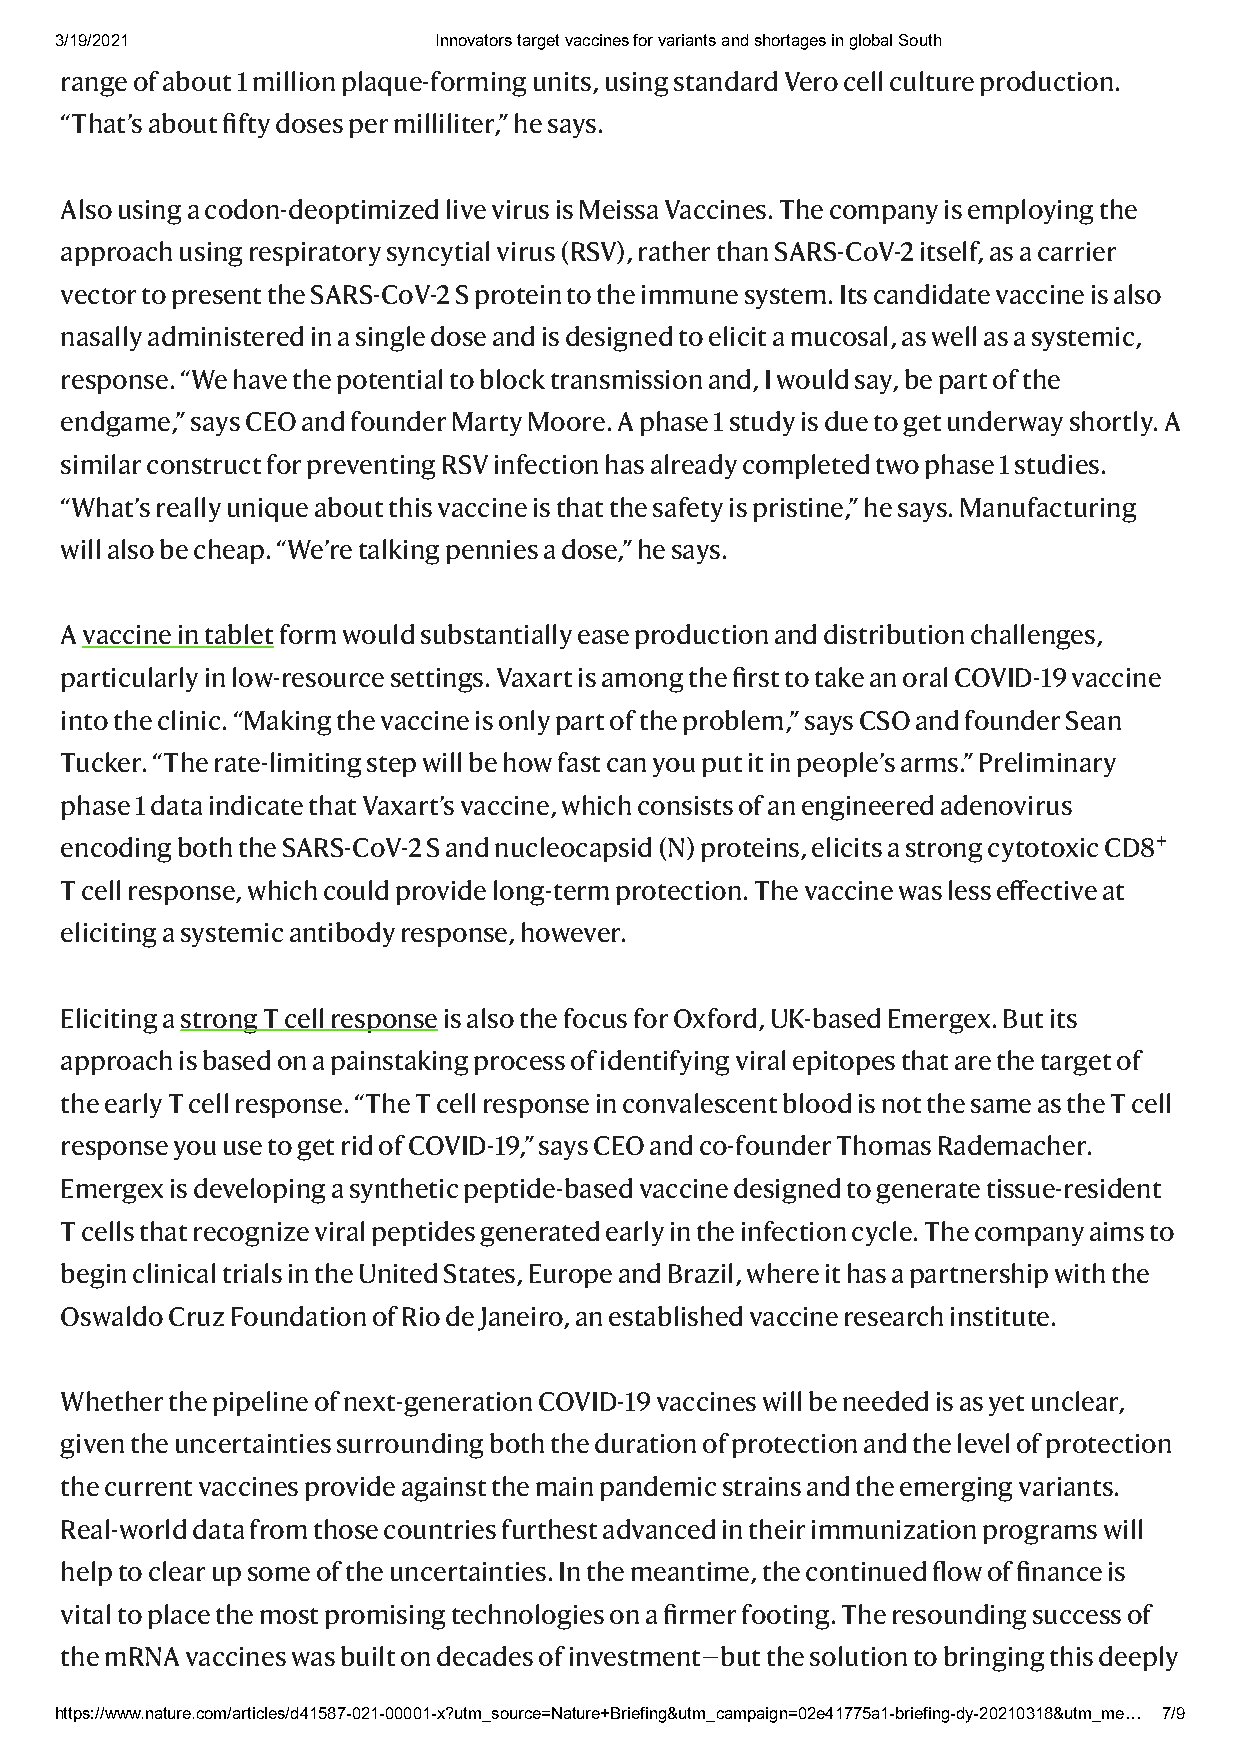
3/19/2021                Innovators target vaccines for variants and shortages in global South
 range of about 1 million plaque-forming units, using standard Vero cell culture production.
 “That’s about fifty doses per milliliter,” he says.
 Also using a codon-deoptimized live virus is Meissa Vaccines. The company is employing the
 approach using respiratory syncytial virus (RSV), rather than SARS-CoV-2 itself, as a carrier
 vector to present the SARS-CoV-2 S protein to the immune system. Its candidate vaccine is also
 nasally administered in a single dose and is designed to elicit a mucosal, as well as a systemic,
 response. “We have the potential to block transmission and, I would say, be part of the
 endgame,” says CEO and founder Marty Moore. A phase 1 study is due to get underway shortly. A
 similar construct for preventing RSV infection has already completed two phase 1 studies.
 “What’s really unique about this vaccine is that the safety is pristine,” he says. Manufacturing
 will also be cheap. “We’re talking pennies a dose,” he says.
 A vaccine in tablet form would substantially ease production and distribution challenges,
 particularly in low-resource settings. Vaxart is among the first to take an oral COVID-19 vaccine
 into the clinic. “Making the vaccine is only part of the problem,” says CSO and founder Sean
 Tucker. “The rate-limiting step will be how fast can you put it in people’s arms.” Preliminary
 phase 1 data indicate that Vaxart’s vaccine, which consists of an engineered adenovirus
 encoding both the SARS-CoV-2 S and nucleocapsid (N) proteins, elicits a strong cytotoxic CD8+
 T cell response, which could provide long-term protection. The vaccine was less effective at
 eliciting a systemic antibody response, however.
 Eliciting a strong T cell response is also the focus for Oxford, UK-based Emergex. But its
 approach is based on a painstaking process of identifying viral epitopes that are the target of
 the early T cell response. “The T cell response in convalescent blood is not the same as the T cell
 response you use to get rid of COVID-19,” says CEO and co-founder Thomas Rademacher.
 Emergex is developing a synthetic peptide-based vaccine designed to generate tissue-resident
 T cells that recognize viral peptides generated early in the infection cycle. The company aims to
 begin clinical trials in the United States, Europe and Brazil, where it has a partnership with the
 Oswaldo Cruz Foundation of Rio de Janeiro, an established vaccine research institute.
 Whether the pipeline of next-generation COVID-19 vaccines will be needed is as yet unclear,
 given the uncertainties surrounding both the duration of protection and the level of protection
 the current vaccines provide against the main pandemic strains and the emerging variants.
 Real-world data from those countries furthest advanced in their immunization programs will
 help to clear up some of the uncertainties. In the meantime, the continued flow of finance is
 vital to place the most promising technologies on a firmer footing. The resounding success of
 the mRNA vaccines was built on decades of investment—but the solution to bringing this deeply
 https://www.nature.com/articles/d41587-021-00001-x?utm_source=Nature+Briefing&utm_campaign=02e41775a1-briefing-dy-20210318&utm_me… 7/9